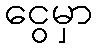
ငွေမှာ